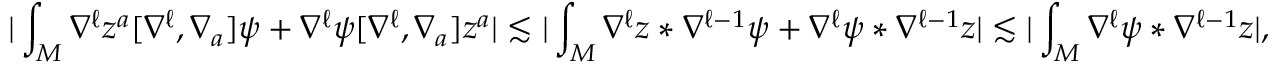
| \int _ { M } \nabla ^ { \ell } z ^ { a } [ \nabla ^ { \ell } , \nabla _ { a } ] \psi + \nabla ^ { \ell } \psi [ \nabla ^ { \ell } , \nabla _ { a } ] z ^ { a } | \lesssim | \int _ { M } \nabla ^ { \ell } z \ast \nabla ^ { \ell - 1 } \psi + \nabla ^ { \ell } \psi \ast \nabla ^ { \ell - 1 } z | \lesssim | \int _ { M } \nabla ^ { \ell } \psi \ast \nabla ^ { \ell - 1 } z | ,